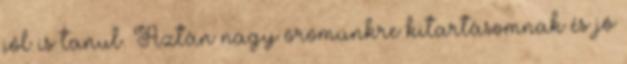
jól is tanul. Aztán nagy örömünkre kitartásomnak és jó